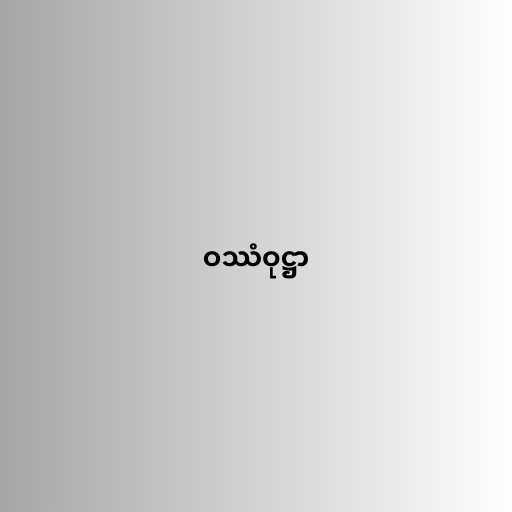
ဝဿံဝုဋ္ဌာ